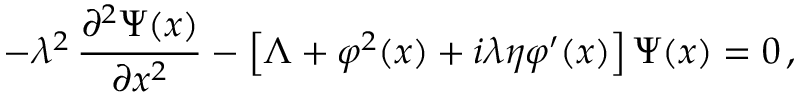
- \lambda ^ { 2 } \, \frac { \partial ^ { 2 } \Psi ( x ) } { \partial x ^ { 2 } } - \left[ \Lambda + \varphi ^ { 2 } ( x ) + i \lambda \eta \varphi ^ { \prime } ( x ) \right] \Psi ( x ) = 0 \, ,